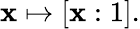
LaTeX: \mathbf{x}\mapsto[\mathbf{x}:1].